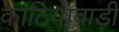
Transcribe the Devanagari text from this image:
काठियावाड़ी